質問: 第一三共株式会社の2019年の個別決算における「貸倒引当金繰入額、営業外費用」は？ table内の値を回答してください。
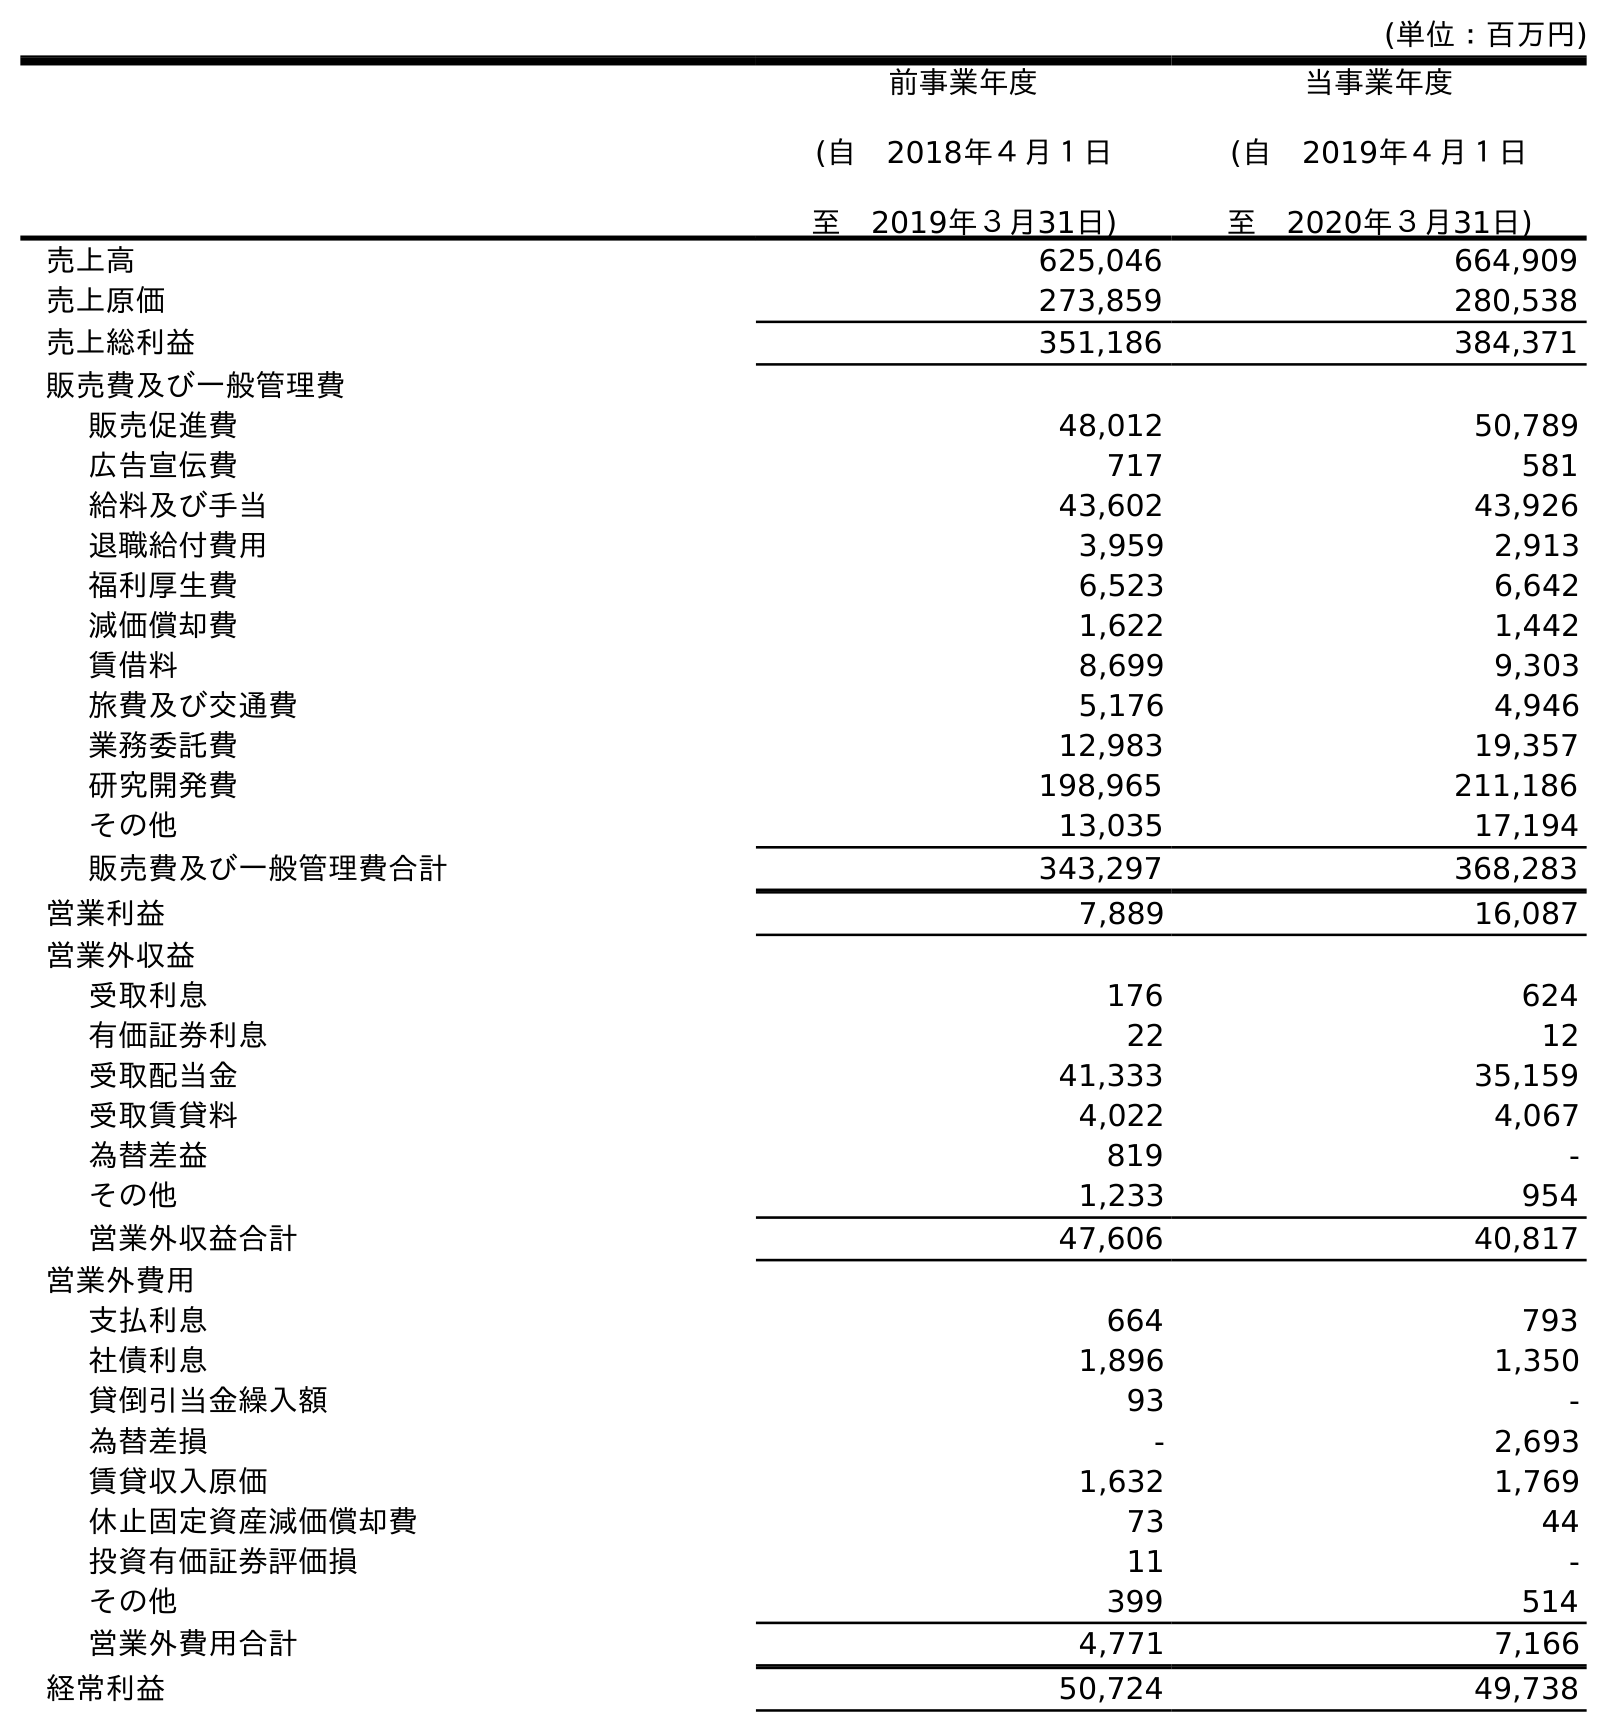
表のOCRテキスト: (単位：百万円) 前事業年度 (自 2018年４月１日 至 2019年３月31日) 当事業年度 (自 2019年４月１日 至 2020年３月31日) 売上高 625,046 664,909 売上原価 273,859 280,538 売上総利益 351,186 384,371 販売費及び一般管理費 販売促進費 48,012 50,789 広告宣伝費 717 581 給料及び手当 43,602 43,926 退職給付費用 3,959 2,913 福利厚生費 6,523 6,642 減価償却費 1,622 1,442 賃借料 8,699 9,303 旅費及び交通費 5,176 4,946 業務委託費 12,983 19,357 研究開発費 198,965 211,186 その他 13,035 17,194 販売費及び一般管理費合計 343,297 368,283 営業利益 7,889 16,087 営業外収益 受取利息 176 624 有価証券利息 22 12 受取配当金 41,333 35,159 受取賃貸料 4,022 4,067 為替差益 819 - その他 1,233 954 営業外収益合計 47,606 40,817 営業外費用 支払利息 664 793 社債利息 1,896 1,350 貸倒引当金繰入額 93 - 為替差損 - 2,693 賃貸収入原価 1,632 1,769 休止固定資産減価償却費 73 44 投資有価証券評価損 11 - その他 399 514 営業外費用合計 4,771 7,166 経常利益 50,724 49,738
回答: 93